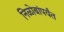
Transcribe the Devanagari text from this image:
निळोबांपर्यंत